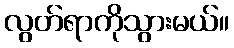
လွတ်ရာကိုသွားမယ်။